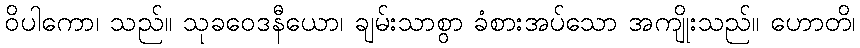
ဝိပါကော၊ သည်။ သုခဝေဒနီယော၊ ချမ်းသာစွာ ခံစားအပ်သော အကျိုးသည်။ ဟောတိ၊